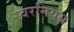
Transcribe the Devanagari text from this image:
स्वरनियम